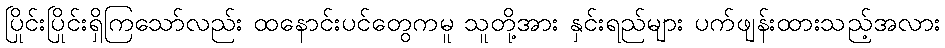
ပြိုင်းပြိုင်းရှိကြသော်လည်း ထနောင်းပင်တွေကမူ သူတို့အား နှင်းရည်များ ပက်ဖျန်းထားသည့်အလား